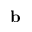
{ \bf b }